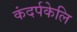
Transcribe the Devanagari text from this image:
कंदर्पकेलि